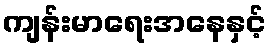
ကျန်းမာရေးအနေနှင့်